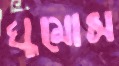
ঘুমোস